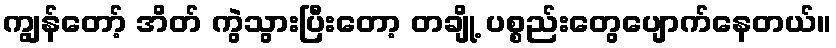
ကျွန်တော့် အိတ် ကွဲသွားပြီးတော့ တချို့ ပစ္စည်းတွေပျောက်နေတယ်။